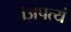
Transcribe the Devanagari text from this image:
।अपत्यं